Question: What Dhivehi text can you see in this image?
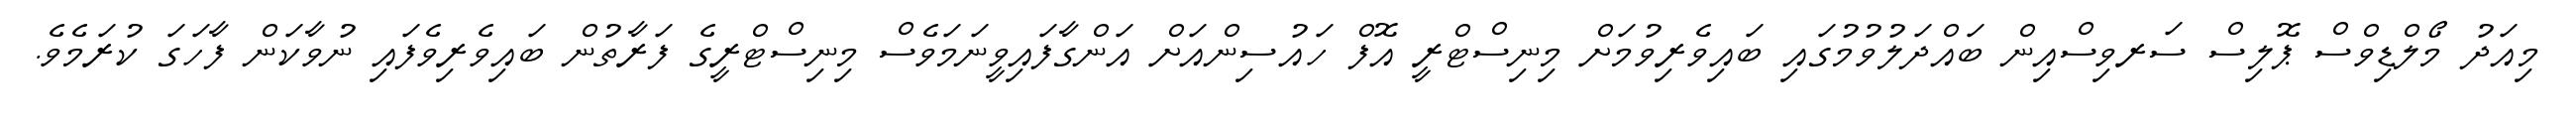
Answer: މިއަދު މޯލްޑިވްސް ޕޮލިސް ސަރވިސްއިން ބައްދަލުވުމުގައި ބައިވެރިވުމަށް މިނިސްޓްރީ އޮފް ހައުސިންއަށް އަންގާފައިވީނަމަވެސް މިނިސްޓްރީގެ ފަރާތުން ބައިވެރިވެފައި ނުވާކަން ފާހަގަ ކުރަމެވެ.